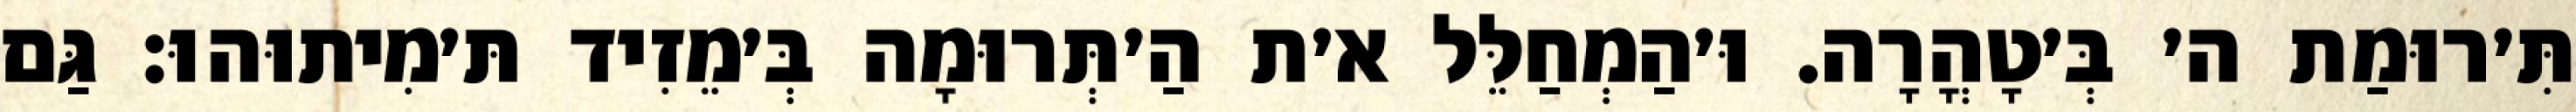
תִּ׳רוּמַת ה׳ בְּ׳טָהֳרָה. וּ׳הַמְחַלֵּל א׳ת הַ׳תְּרוּמָה בְּ׳מֵזִיד תּ׳מִיתוּהוּ: גַּם